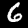
Label: 6